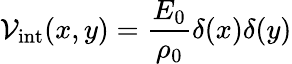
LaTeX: \mathcal{V}_{\mathrm{int}}(x,y)=\frac{E_{0}}{\rho_{0}}\delta(x)\delta(y)